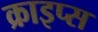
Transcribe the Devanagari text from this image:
क्राइप्स